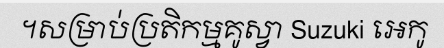
។សម្រាប់ប្រតិកម្មគូស្វា Suzuki អេកូ